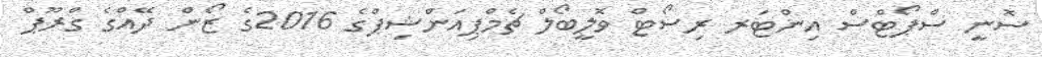
ސޮނީ ސްޕޯޓްސް އިންޓަރ ރިސޯޓް ވޮލީބޯލް ޗެމްޕިއަންޝިޕްގެ 2016ގެ ޒޯން ދޭއްގެ ގްރޫޕް